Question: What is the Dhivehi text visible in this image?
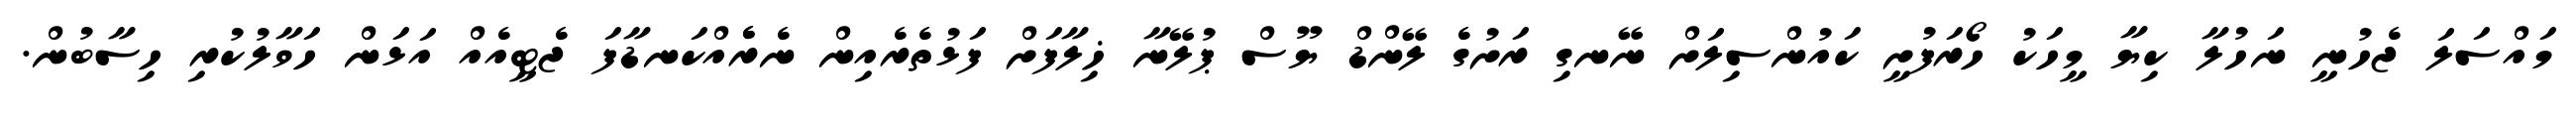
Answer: މައްސަލަ ޖެހުނީ ނަހުލާ ކިޔާ މީހަކު ހޯރަފުށީ ކައުންސިލަށް ނޭނގި ރަށުގެ ލޭންޑް ޔޫސް ޕުލޭނާ ޚިލާފަށް ފަޅުތެރެއިން ނެރެެއްކަނޑާފަ ޖެޓީއެއް އަޅަން ހަވާލުކުރި ހިސާބުން.